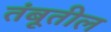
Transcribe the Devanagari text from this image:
तंबूतील